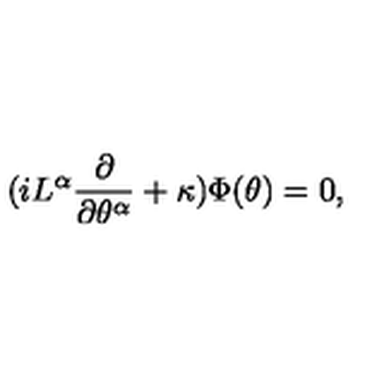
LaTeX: ( i L ^ { \alpha } { \frac { \partial } { \partial \theta ^ { \alpha } } } + \kappa ) \Phi ( \theta ) = 0 ,